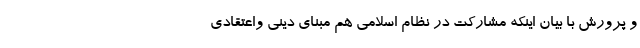
و پرورش با بیان اینکه مشارکت در نظام اسلامی هم مبنای دینی واعتقادی